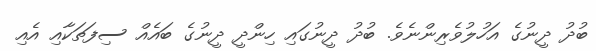
ބުދު ދީނުގެ އަހުލުވެރިންނެވެ. ބުދު ދީނުގައި ހިންދީ ދީނުގެ ބައެއް ސިފަތަކާއި އެއި